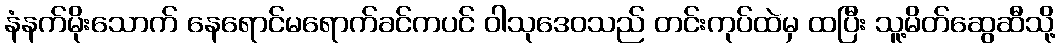
နံနက်မိုးသောက် နေရောင်မရောက်ခင်ကပင် ဝါသုဒေဝသည် တင်းကုပ်ထဲမှ ထပြီး သူ့မိတ်ဆွေဆီသို့